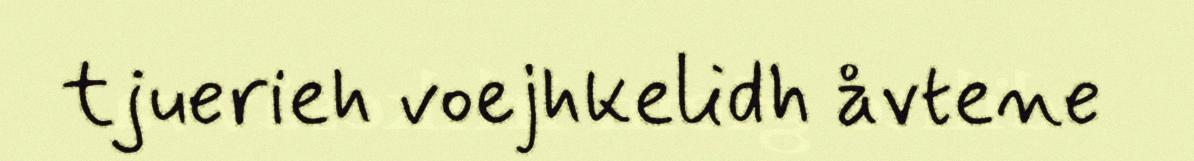
tjuerieh voejhkelidh åvtene